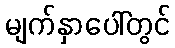
မျက်နှာပေါ်တွင်